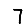
Digit: 7